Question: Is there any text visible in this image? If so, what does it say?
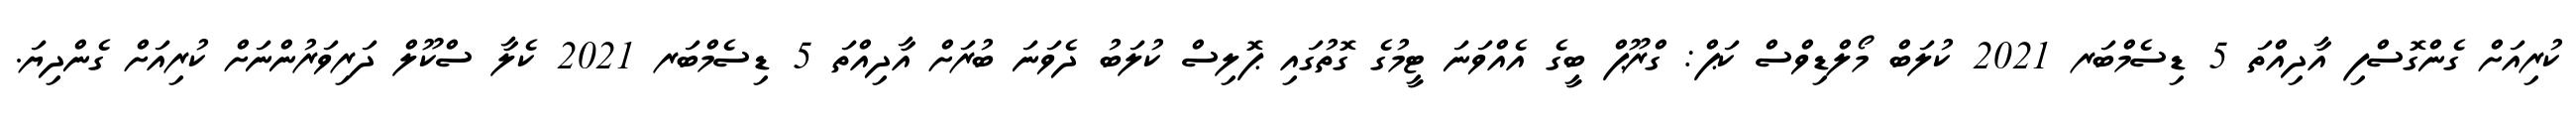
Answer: ކުރިއަށް ގެންގޮސްފި އާދިއްތަ 5 ޑިސެމްބަރ 2021 ކުލަބް މޯލްޑިވްސް ކަޕް: ގްރޫޕް ބީގެ އެއްވަނަ ޓީމުގެ ގޮތުގައި ޕޮލިސް ކުލަބު ދެވަނަ ބުރަށް އާދިއްތަ 5 ޑިސެމްބަރ 2021 ކެލާ ސްކޫލް ދަރިވަރުންނަށް ކުރިއަށް ގެންދިޔަ.